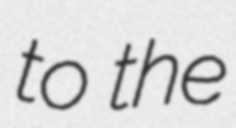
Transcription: to the